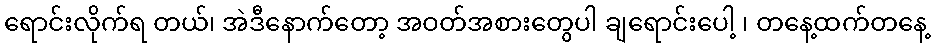
ရောင်းလိုက်ရ တယ်၊ အဲဒီနောက်တော့ အဝတ်အစားတွေပါ ချရောင်းပေါ့ ၊ တနေ့ထက်တနေ့